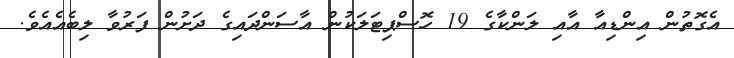
އެގޮތުން އިންޑިއާ އާއި ލަންކާގެ 19 ހޮސްޕިޓަލަކުން އާސަންދައިގެ ދަށުން ފަރުވާ ލިބެއެއެވެ.